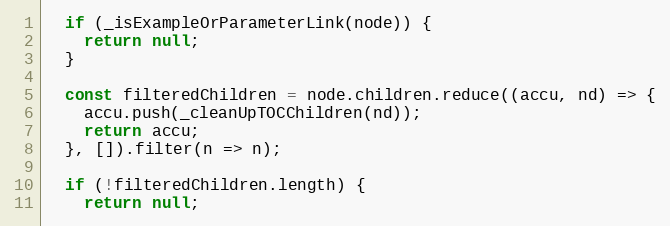
Language: JavaScript
  if (_isExampleOrParameterLink(node)) {
    return null;
  }

  const filteredChildren = node.children.reduce((accu, nd) => {
    accu.push(_cleanUpTOCChildren(nd));
    return accu;
  }, []).filter(n => n);

  if (!filteredChildren.length) {
    return null;